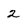
Character: 2